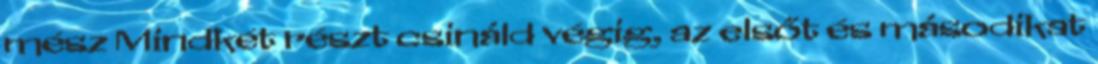
mész Mindkét részt csináld végig, az elsőt és másodikat